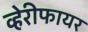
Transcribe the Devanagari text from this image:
व्हेरीफायर